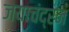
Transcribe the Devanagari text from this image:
जयाचंद्रन